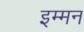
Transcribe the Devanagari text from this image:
इम्मन